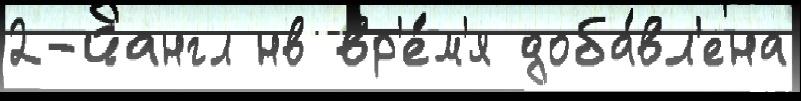
2-йангл нв вр'е́м'я доба́вл'ена